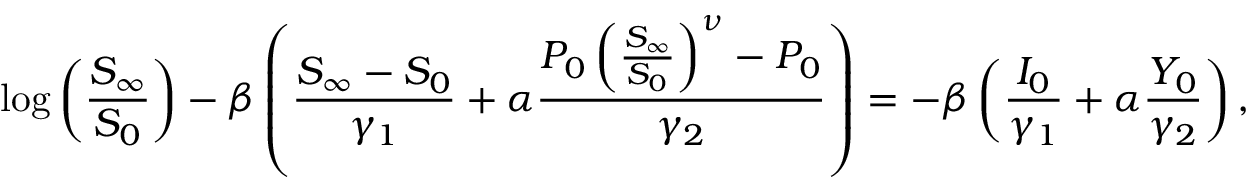
\log \left( \frac { S _ { \infty } } { S _ { 0 } } \right) - \beta \left( \frac { S _ { \infty } - S _ { 0 } } { \gamma _ { 1 } } + \alpha \frac { P _ { 0 } \left( \frac { S _ { \infty } } { S _ { 0 } } \right) ^ { \nu } - P _ { 0 } } { \gamma _ { 2 } } \right) = - \beta \left( \frac { I _ { 0 } } { \gamma _ { 1 } } + \alpha \frac { Y _ { 0 } } { \gamma _ { 2 } } \right) ,